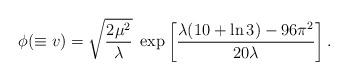
LaTeX: \begin{align*}\phi (\equiv v)= \sqrt{\frac{2\mu^2}{\lambda}}\; \exp\left[\frac{\lambda(10+ \ln 3) - 96 \pi^2}{20\lambda}\right].\end{align*}